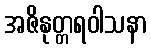
အဇိနုတ္တရဝါသနာ